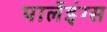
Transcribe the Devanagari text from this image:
पार्लेइंग्स